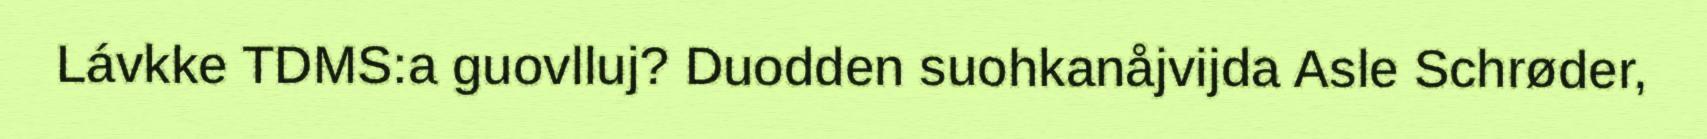
Lávkke TDMS:a guovlluj? Duodden suohkanåjvijda Asle Schrøder,